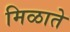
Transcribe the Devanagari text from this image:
मिळाते